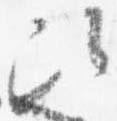
次